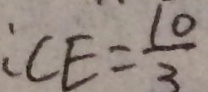
: C E = \frac { 1 0 } { 3 }